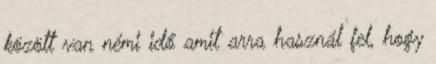
között van némi idő amit arra használ fel, hogy